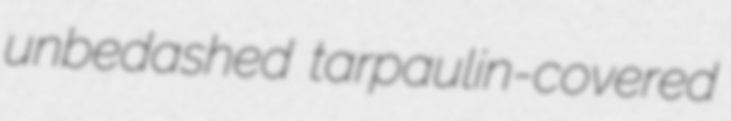
unbedashed tarpaulin-covered